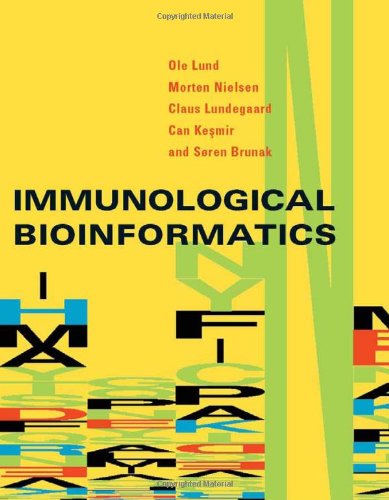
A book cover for Immunological Bioinformatics (Computational Molecular Biology); Ole Lund; Medical Books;